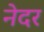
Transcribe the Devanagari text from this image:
नेदर